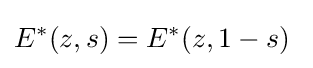
E^{*}(z,s)=E^{*}(z,1-s)\